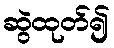
ဆွဲထုတ်၍